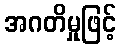
အဂတိမှုဖြင့်